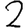
Digit: 2